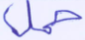
حمل